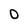
Character: O